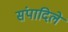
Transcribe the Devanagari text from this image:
संपादिले